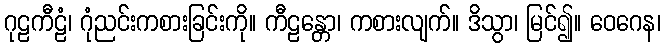
ဂုဠကီဠံ၊ ဂုံညင်းကစားခြင်းကို။ ကီဠန္တော၊ ကစားလျက်။ ဒိသွာ၊ မြင်၍။ ဝေဂေန၊